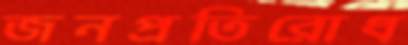
জনপ্রতিরোধ